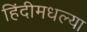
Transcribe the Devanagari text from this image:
हिंदीमधल्या